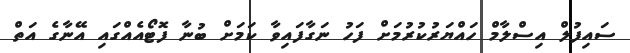
ސައިފުލް އިސްލާމް ހައްޔަރުކުރުމަށް ފަހު ނަގާފައިވާ ކަމަށް ބުނާ ފޮޓޯއެއްގައި އޭނާގެ އަތް